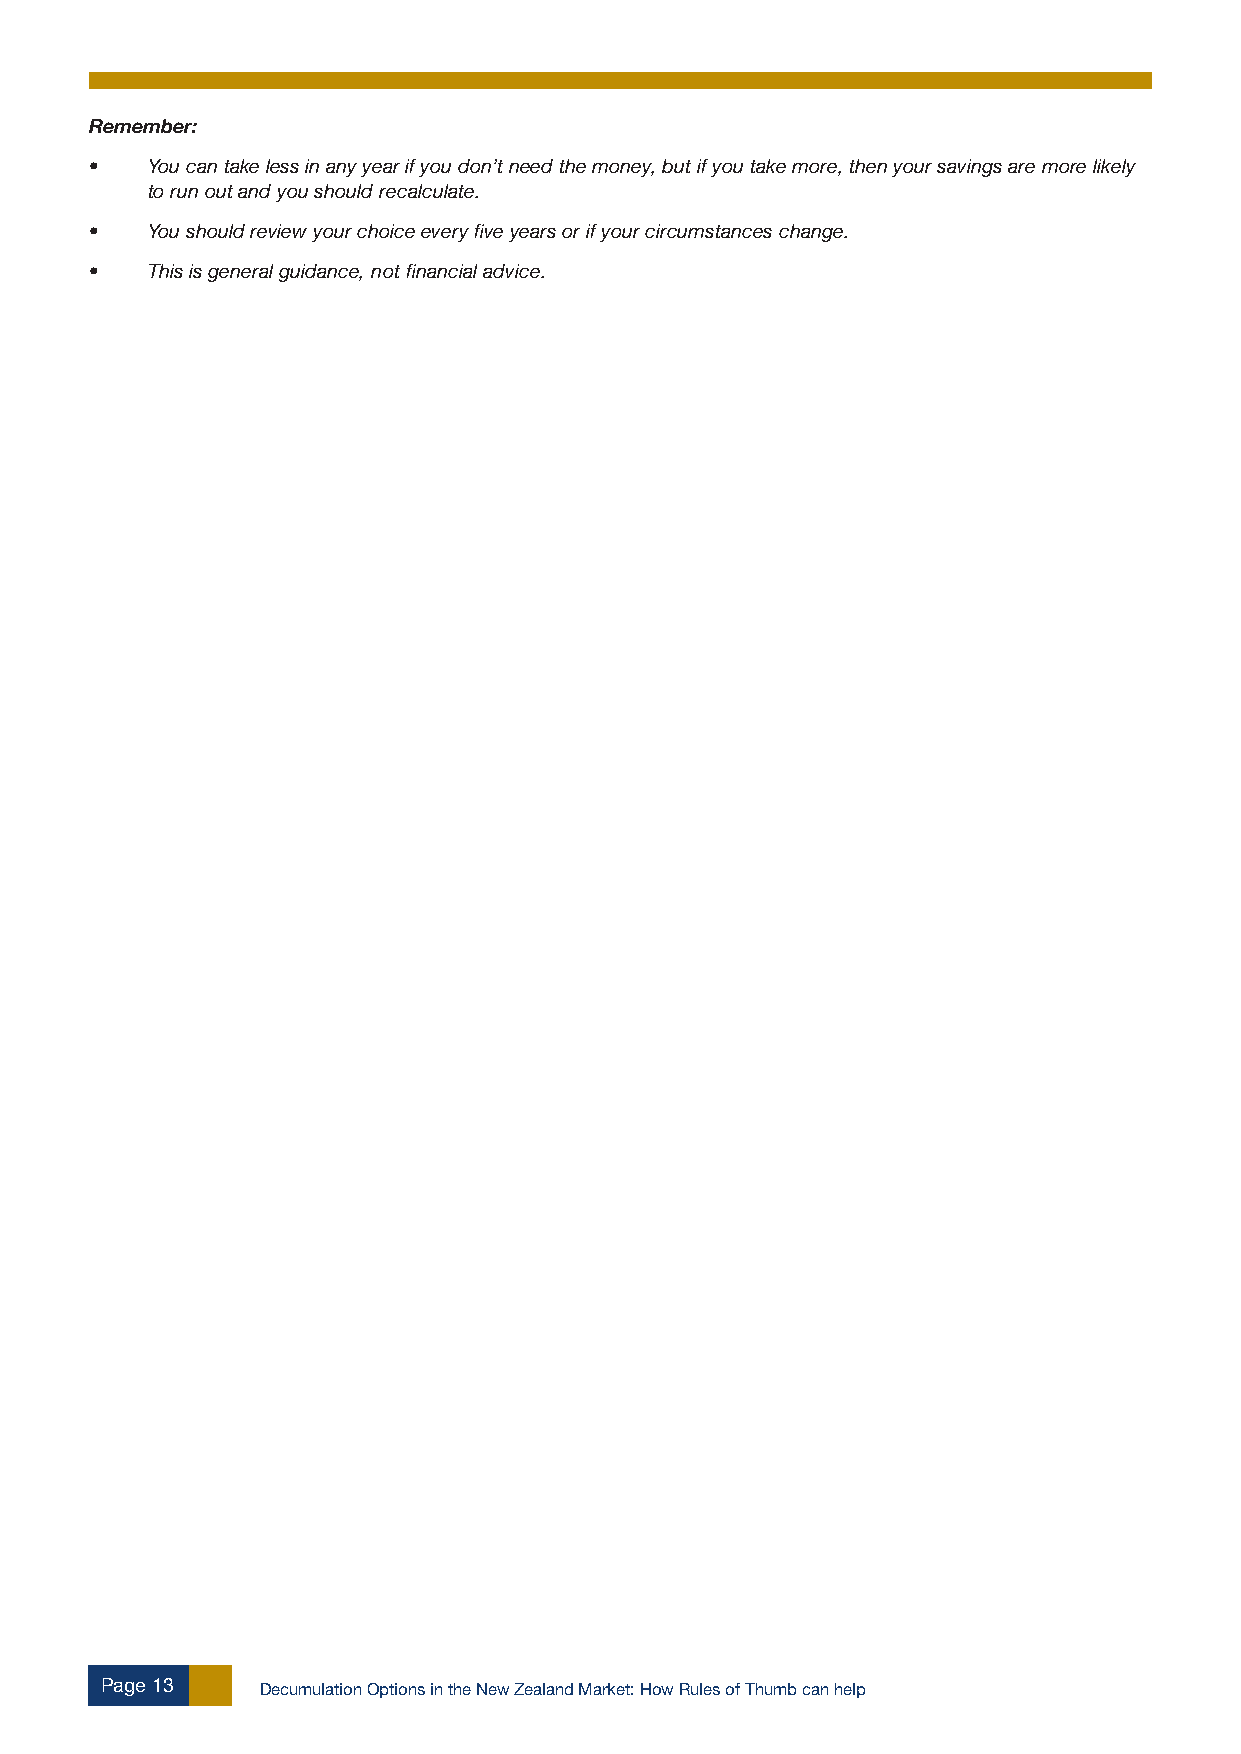
Remember:
 •   You can take less in any year if you don’t need the money, but if you take more, then your savings are more likely
 to run out and you should recalculate.
 •   You should review your choice every five years or if your circumstances change.
 •   This is general guidance, not financial advice.
 Page 13   Decumulation Options in the New Zealand Market: How Rules of Thumb can help